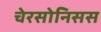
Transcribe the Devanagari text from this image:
चेरसोनिसस